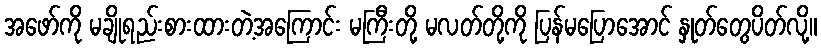
အဖော်ကို မချိုရည်းစားထားတဲ့အကြောင်း မကြီးတို့ မလတ်တို့ကို ပြန်မပြောအောင် နှုတ်တွေပိတ်လို့။